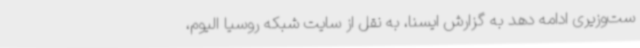
ست‌وزیری ادامه دهد به گزارش ایسنا، به نقل از سایت شبکه روسیا الیوم،